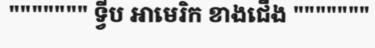
""""""" ទ្វីប អាមេរិក ខាងជើង """""""